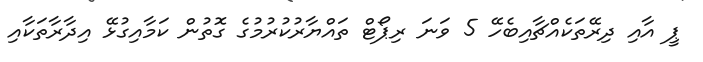
ޕީ އާއި ދިރޭތަކެއްޗާއިބެހޭ 5 ވަނަ ރިޕޯޓް ތައްޔާރުކުރުމުގެ ގޮތުން ކަމާއިގުޅޭ އިދާރާތަކާއި